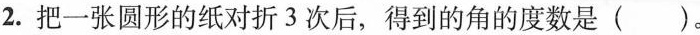
2.把一张圆形的纸对折3次后，得到的角的度数是()。